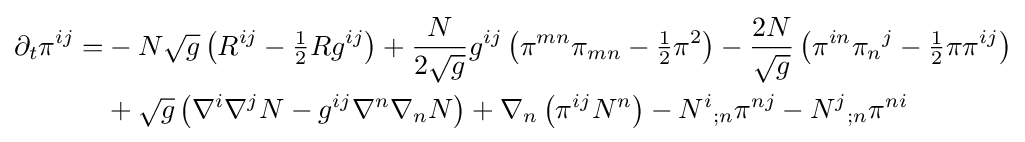
{\begin{aligned}\partial _{t}\pi ^{ij}=&-N{\sqrt {g}}\left(R^{ij}-{\tfrac {1}{2}}Rg^{ij}\right)+{\frac {N}{2{\sqrt {g}}}}g^{ij}\left(\pi ^{mn}\pi _{mn}-{\tfrac {1}{2}}\pi ^{2}\right)-{\frac {2N}{\sqrt {g}}}\left(\pi ^{in}{\pi _{n}}^{j}-{\tfrac {1}{2}}\pi \pi ^{ij}\right)\\&+{\sqrt {g}}\left(\nabla ^{i}\nabla ^{j}N-g^{ij}\nabla ^{n}\nabla _{n}N\right)+\nabla _{n}\left(\pi ^{ij}N^{n}\right)-{N^{i}}_{;n}\pi ^{nj}-{N^{j}}_{;n}\pi ^{ni}\end{aligned}}